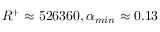
R ^ { + } \approx 5 2 6 3 6 0 , \alpha _ { m i n } \approx 0 . 1 3